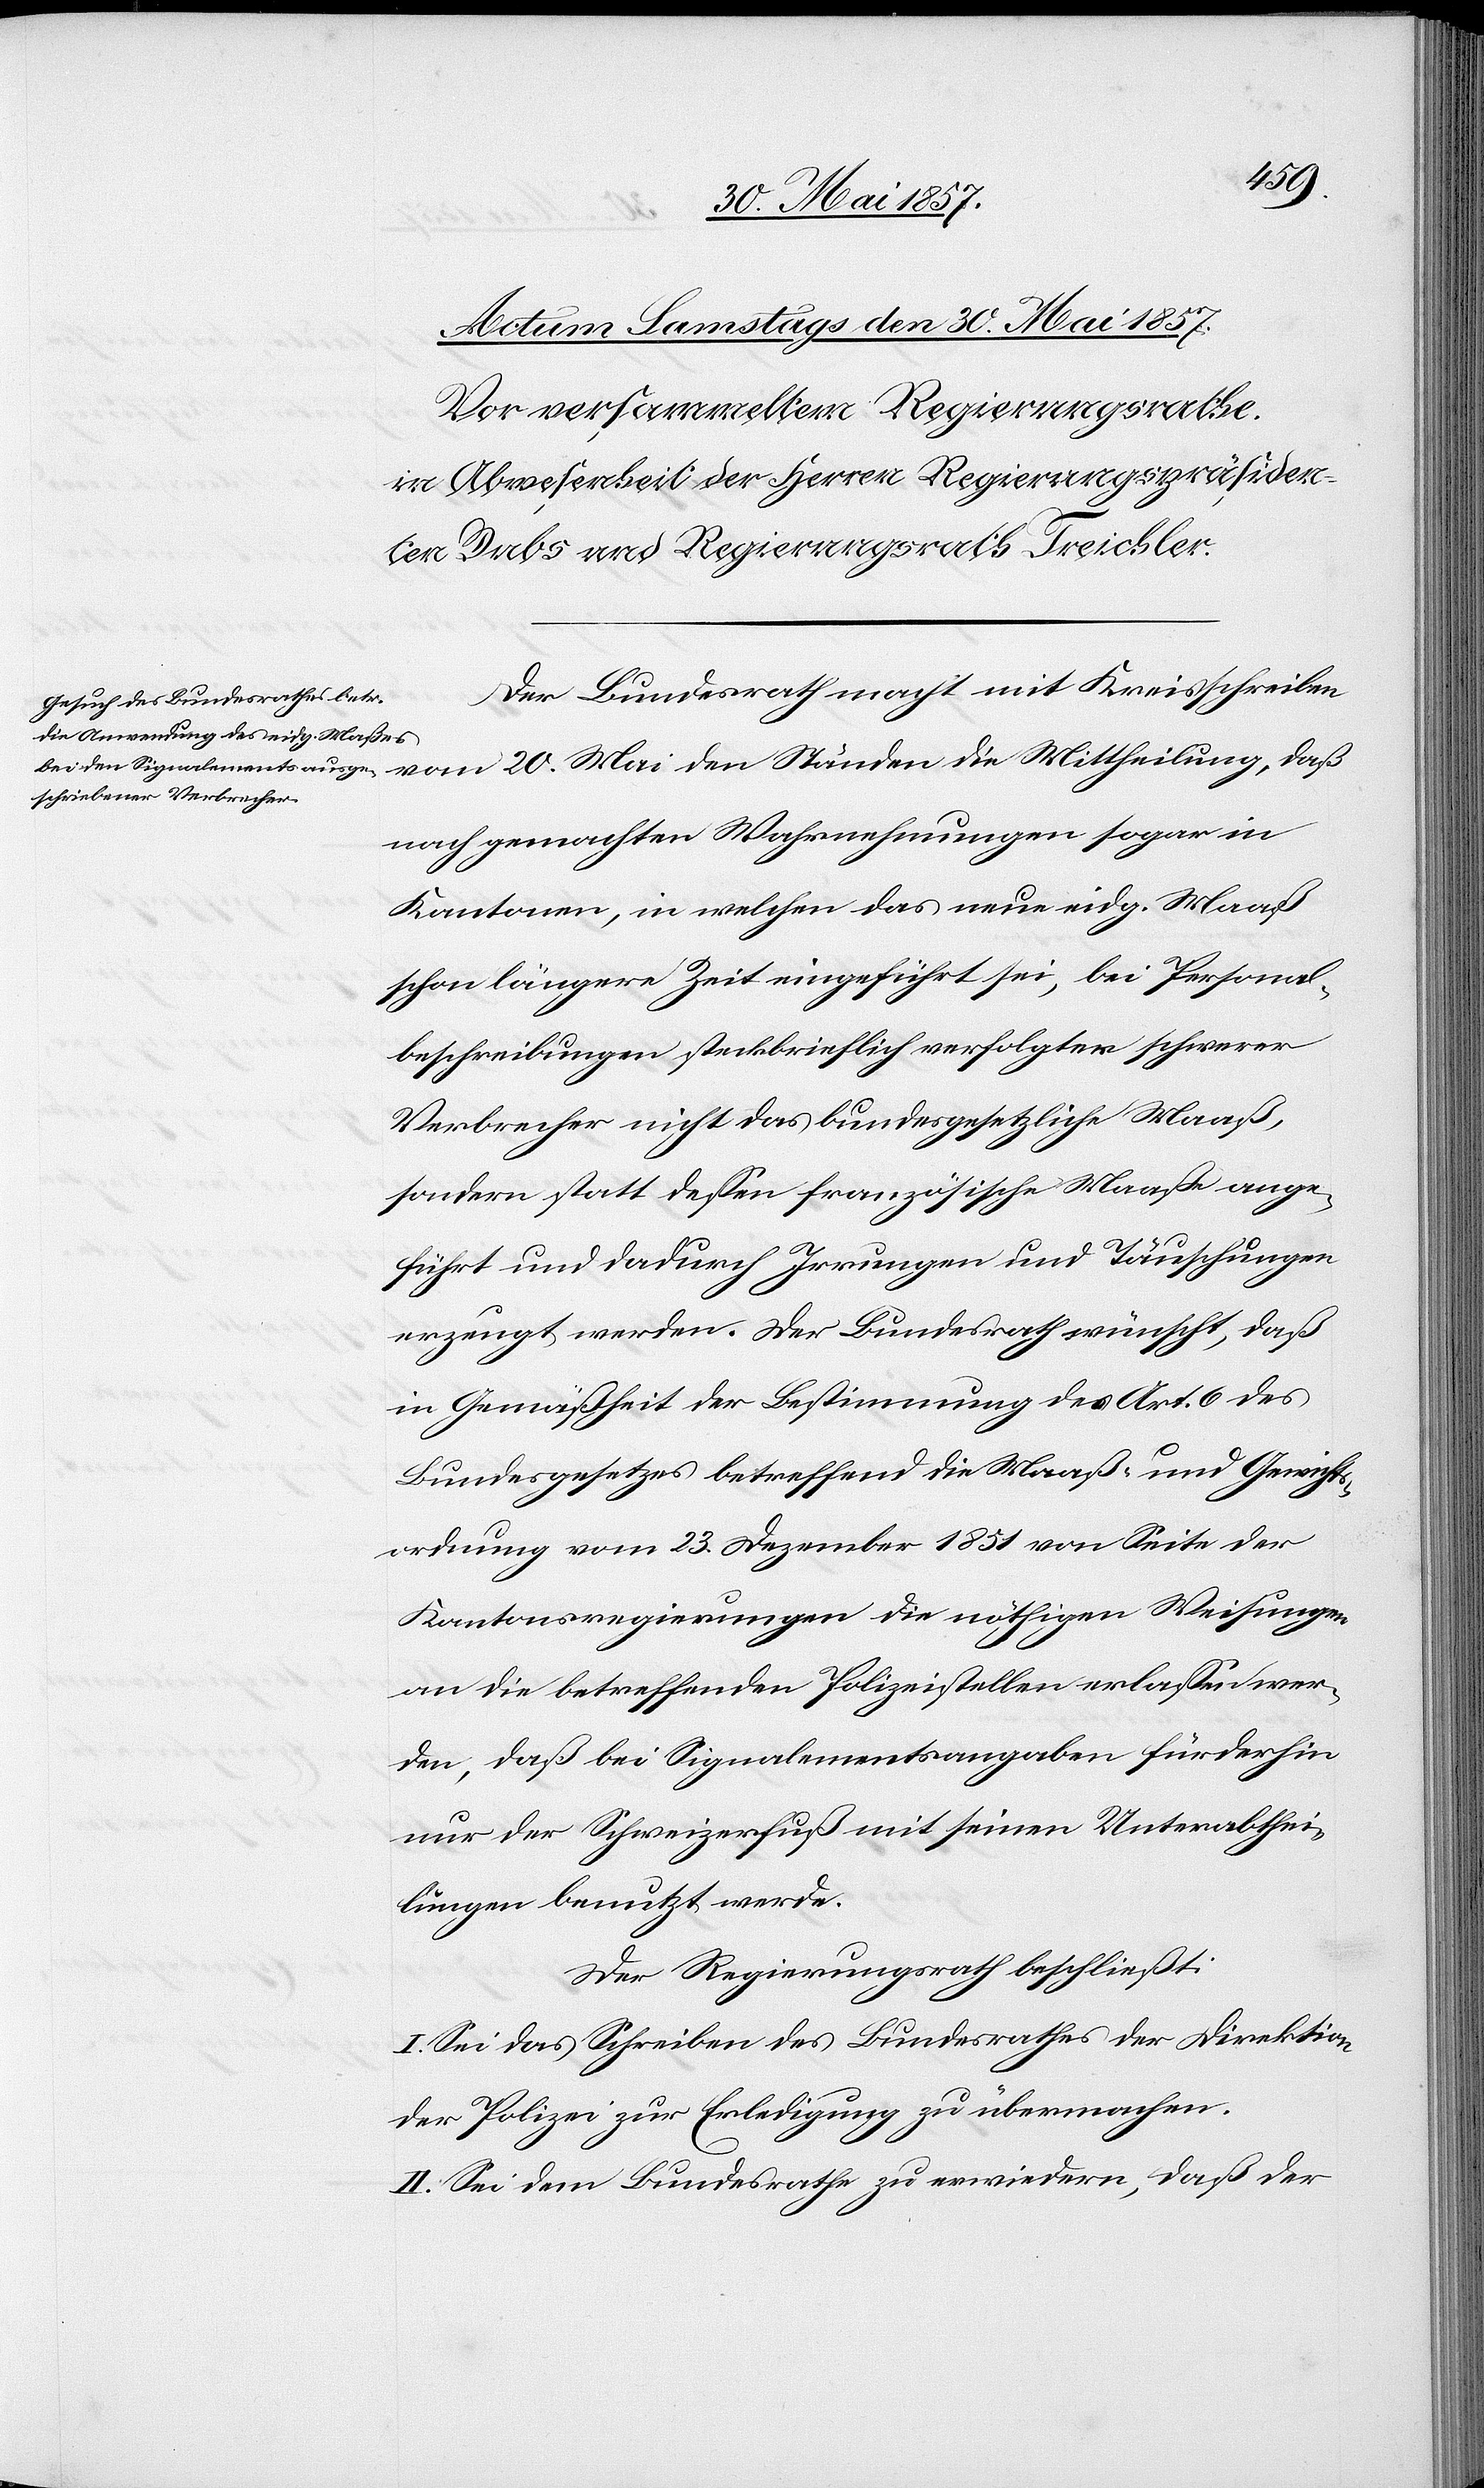
Der Bundesrath macht mit Kreisschreiben
nach gemachten Wahrnehmungen sogar in
Kantonen, in welchen das neue eidg. Maaß
schon längere Zeit eingeführt sei, bei Personal¬
beschreibungen steckbrieflich verfolgter schwerer
Verbrecher nicht das bundesgesetzliche Maaß,
sondern statt dessen französische Maaße ange¬
führt und dadurch Irrungen und Täuschungen
erzeugt werden. Der Bundesrath wünscht, daß
in Gemäßheit der Bestimmung des Art. 6 des
Bundesgesetzes betreffend die Maaß- und Gewichts¬
ordnung vom 23 Dezember 1851 von Seite der
Kantonsregierungen die nöthigen Weisungen
an die betreffenden Polizeistellen erlassen wer¬
den, daß bei Signalementsangaben fürderhin
nur der Schweizerfuß mit seinem Unterabthei¬
lungen benutzt werde.
Der Regierungsrath beschließt:
I. Sei das Schreiben des Bundesrathes der Direktion
der Polizei zur Erledigung zu übermachen.
II. Sei dem Bundesrathe zu erwiedern, daß der